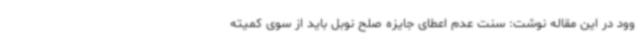
وود در این مقاله نوشت: سنت عدم اعطای جایزه صلح نوبل باید از سوی کمیته